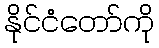
နိုင်ငံတော်ကို